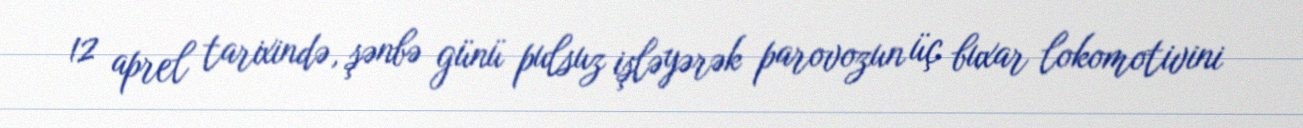
12 aprel tarixində, şənbə günü pulsuz işləyərək parovozun üç buxar lokomotivini